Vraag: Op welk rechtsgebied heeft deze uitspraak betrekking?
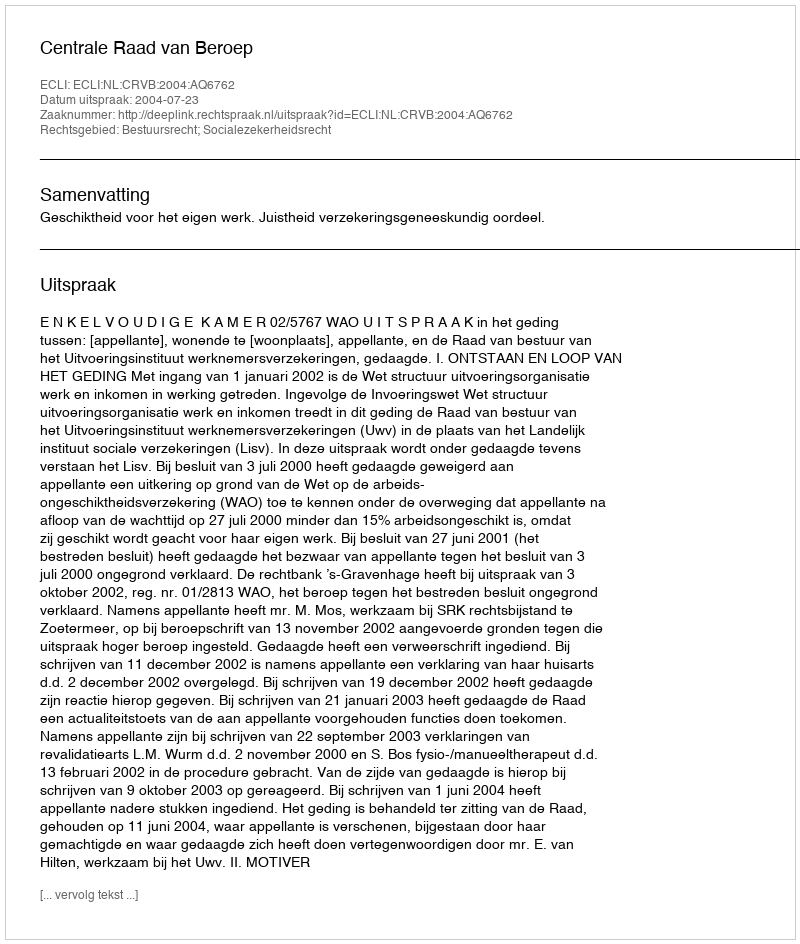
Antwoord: Bestuursrecht; Socialezekerheidsrecht